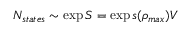
N _ { s t a t e s } \sim \exp { S } = \exp s ( \rho _ { m a x } ) V